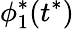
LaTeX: \phi_{1}^{*}(t^{*})